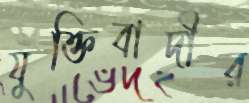
যুক্তিবাদীর